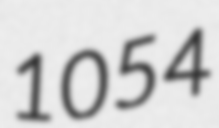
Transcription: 1054